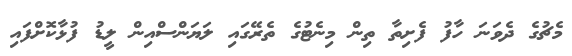
މެޗުގެ ދެވަނަ ހާފު ފެށިތާ ތިން މިނެޓުގެ ތެރޭގައި ލަޔަންސްއިން ލީޑު ފުޅާކޮށްފައި